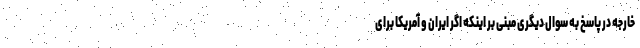
خارجه در پاسخ به سوال دیگری مبنی بر اینکه اگر ایران و آمریکا برای